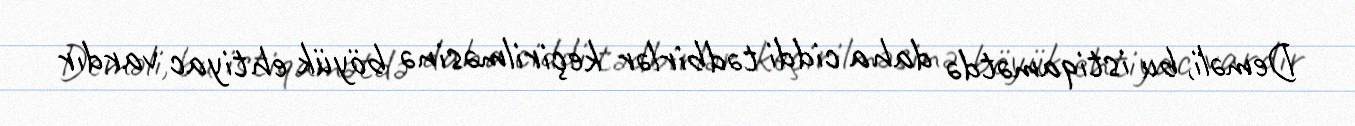
Deməli, bu istiqamətdə daha ciddi tədbirlər keçirilməsinə böyük ehtiyac vardır